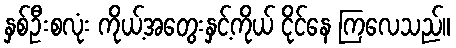
နှစ်ဦးစလုံး ကိုယ့်အတွေးနှင့်ကိုယ် ငိုင်နေ ကြလေသည်။